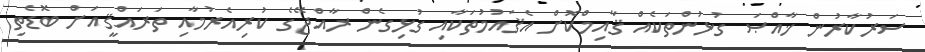
ސަރުކާރުން ޚާއްޞަ ގުޅުންތަކެއް ޤާއިމްކޮށް އެޤައުމުތަކާއި ގުޅިގެން ރާއްޖޭގެ ކުރިއެރުމާއި ތަރައްޤީއަށް ބޮޑެތި